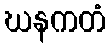
ဃနကတံ